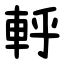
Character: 軤